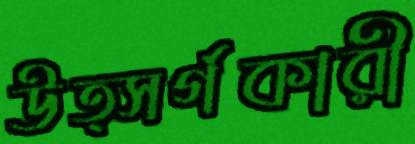
উত্সর্গকারী